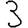
Digit: 3